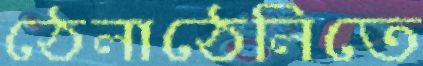
ঠেলাঠেলিতে